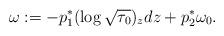
LaTeX: \begin{align*}\omega:=-p_1^*(\log\sqrt{\tau_0})_zdz+p_2^*\omega_0.\end{align*}